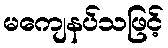
မကျေနပ်သဖြင့်